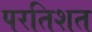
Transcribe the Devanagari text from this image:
परतिशत